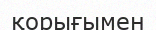
қорығымен